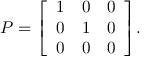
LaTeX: P = { \left[ \begin{array} { l l l } { 1 } & { 0 } & { 0 } \\ { 0 } & { 1 } & { 0 } \\ { 0 } & { 0 } & { 0 } \end{array} \right] } .